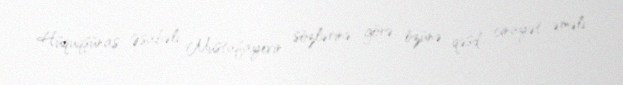
Hüquqşünas Əsabəli Mustafayevin sözlərinə görə, özünə qəsd cinayət əməli